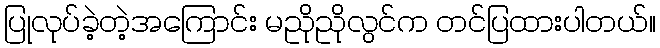
ပြုလုပ်ခဲ့တဲ့အကြောင်း မညိုညိုလွင်က တင်ပြထားပါတယ်။